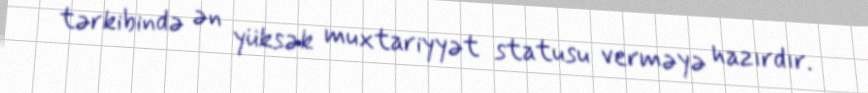
tərkibində ən yüksək muxtariyyət statusu verməyə hazırdır.